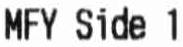
MFY SIDE 1